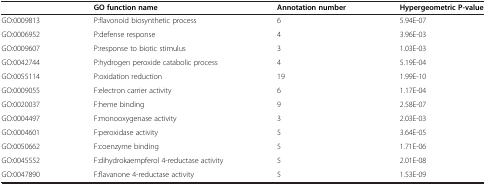
<table><thead><tr><td><b> </b></td><td><b>GO function name</b></td><td><b>Annotation number</b></td><td><b>Hypergeometric P-value</b></td></tr></thead><tbody><tr><td>GO:0009813</td><td>P:flavonoid biosynthetic process</td><td>6</td><td>5.94E-07</td></tr><tr><td>GO:0006952</td><td>P:defense response</td><td>4</td><td>3.96E-03</td></tr><tr><td>GO:0009607</td><td>P:response to biotic stimulus</td><td>3</td><td>1.03E-03</td></tr><tr><td>GO:0042744</td><td>P:hydrogen peroxide catabolic process</td><td>4</td><td>5.19E-04</td></tr><tr><td>GO:0055114</td><td>P:oxidation reduction</td><td>19</td><td>1.99E-10</td></tr><tr><td>GO:0009055</td><td>F:electron carrier activity</td><td>6</td><td>1.17E-04</td></tr><tr><td>GO:0020037</td><td>F:heme binding</td><td>9</td><td>2.58E-07</td></tr><tr><td>GO:0004497</td><td>F:monooxygenase activity</td><td>3</td><td>2.03E-03</td></tr><tr><td>GO:0004601</td><td>F:peroxidase activity</td><td>5</td><td>3.64E-05</td></tr><tr><td>GO:0050662</td><td>F:coenzyme binding</td><td>5</td><td>1.71E-06</td></tr><tr><td>GO:0045552</td><td>F:dihydrokaempferol 4-reductase activity</td><td>5</td><td>2.01E-08</td></tr><tr><td>GO:0047890</td><td>F:flavanone 4-reductase activity</td><td>5</td><td>1.53E-09</td></tr></tbody></table>